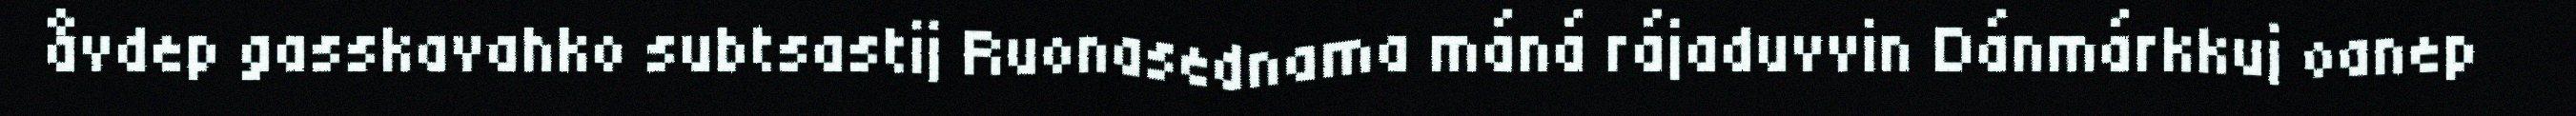
åvdep gasskavahko subtsastij Ruonasednama máná rájaduvvin Dánmárkkuj oanep